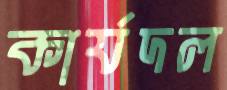
কার্যদল